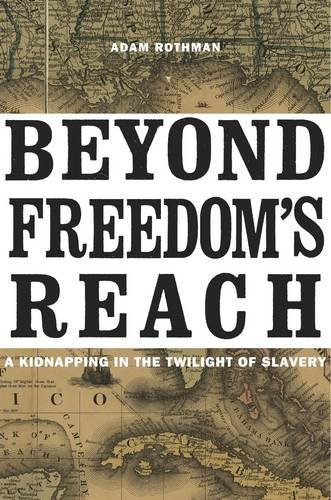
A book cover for Beyond Freedom's Reach: A Kidnapping in the Twilight of Slavery; Adam Rothman; Biographies & Memoirs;